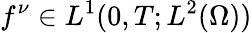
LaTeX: f^{\nu}\in L^{1}(0,T;L^{2}(\Omega))